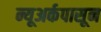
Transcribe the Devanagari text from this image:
न्यूअर्कपासून